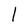
Character: l